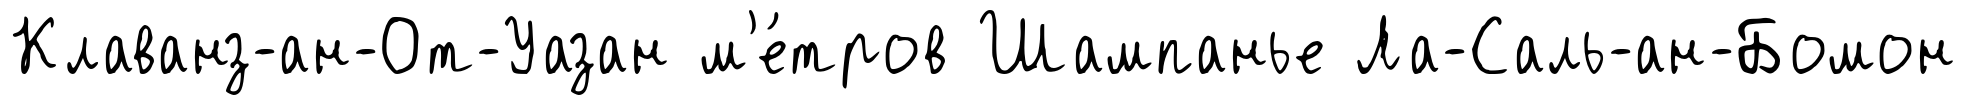
Клаванз-ан-От-Уазан м'е́тров Шампанье Ла-Саль-ан-Бомон